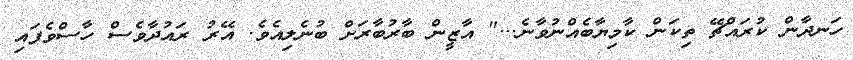
ހަނދާން ކުރައްޗޭ ތިކަން ކާމިޔާބެއްނުވާނެ..." އާޒީން ބާރުބާރަށް ބުނެލިއެވެ. އޭރު ރައުދާވެސް ހާސްވެފައި